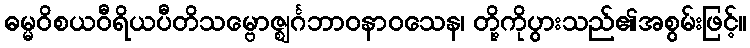
ဓမ္မဝိစယဝီရိယပီတိသမ္ဗောဇ္ဈင်္ဂဘာဝနာဝသေန၊ တို့ကိုပွားသည်၏အစွမ်းဖြင့်။